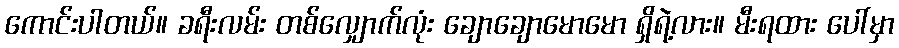
ကောင်းပါတယ်။ ခရီးလမ်း တစ်လျှောက်လုံး ချောချောမောမော ရှိရဲ့လား။ မီးရထား ပေါ်မှာ